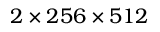
2 \times 2 5 6 \times 5 1 2